Malaria in India - Number 2
Disease focus: Malaria
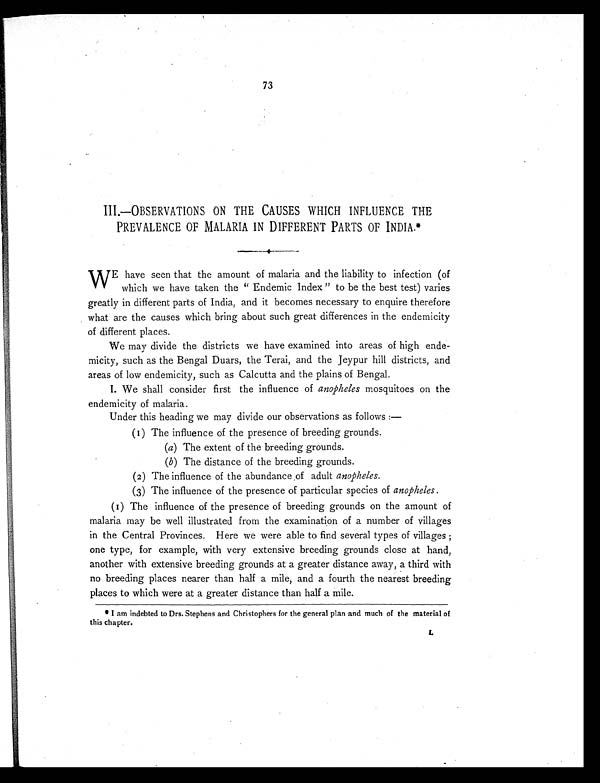
73
III.—OBSERVATIONS ON THE CAUSES WHICH INFLUENCE THE
PREVALENCE OF MALARIA IN DIFFERENT PARTS OF INDIA.*
W E have seen that the amount of malaria and the liability to infection (of
which we have taken the " Endemic Index " to be the best test) varies
greatly in different parts of India, and it becomes necessary to enquire therefore
what are the causes which bring about such great differences in the endemicity
of different places.
We may divide the districts we have examined into areas of high ende-
micity, such as the Bengal Duars, the Terai, and the Jeypur hill districts, and
areas of low endemicity, such as Calcutta and the plains of Bengal.
I. We shall consider first the influence of anopheles mosquitoes on the
endemicity of malaria.
Under this heading we may divide our observations as follows :
—
(1) The influence of the presence of breeding grounds.
(a) The extent of the breeding grounds.
(b) The distance of the breeding grounds.
(2) The influence of the abundance of adult anopheles.
(3) The influence of the presence of particular species of anopheles.
(1) The influence of the presence of breeding grounds on the amount of
malaria may be well illustrated from the examination of a number of villages
in the Central Provinces. Here we were able to find several types of villages ;
one type, for example, with very extensive breeding grounds close at hand,
another with extensive breeding grounds at a greater distance away, a third with
no breeding places nearer than half a mile, and a fourth the nearest breeding
places to which were at a greater distance than half a mile.
* I am indebted to Drs. Stephens and Christophers for the general plan and much of the material of
this chapter.
L